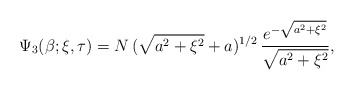
\begin{align*}\Psi_{3}(\beta; \xi, \tau) = N\, (\sqrt{a^{2} + \xi^{2}} + a)^{1/2}\, \frac{e^{-\sqrt{a^{2} + \xi^{2}}}}{\sqrt{a^{2} + \xi^{2}}},\end{align*}